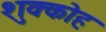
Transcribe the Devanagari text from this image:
शुक्कोह